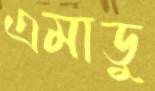
এমাডু